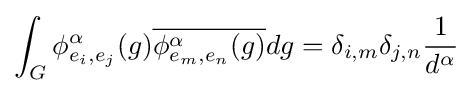
\int _{G}\phi _{e_{i},e_{j}}^{\alpha }(g){\overline {\phi _{e_{m},e_{n}}^{\alpha }(g)}}dg=\delta _{i,m}\delta _{j,n}{\frac {1}{d^{\alpha }}}